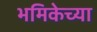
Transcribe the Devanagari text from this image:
भमिकेच्या